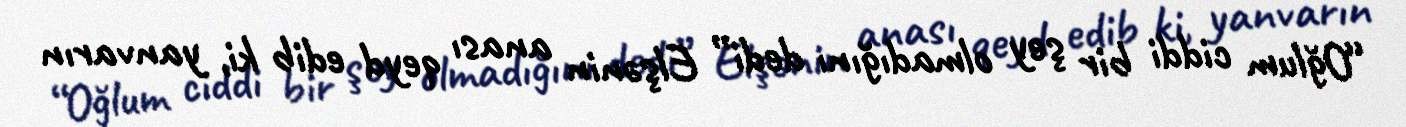
“Oğlum ciddi bir şey olmadığını dedi” Elşənin anası qeyd edib ki, yanvarın